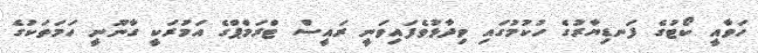
ހަވާއީ ކޯޓުގެ ފަނޑިޔާރުގެ ހުކުމުގައި ވިދާޅުވެފައިވަނީ ރައީސް ޓްރަމްޕްގެ އަމުރަކީ ގާނޫނީ ހަމަތަކުގެ